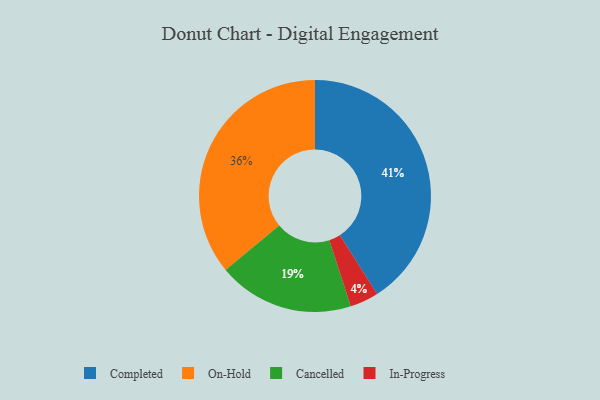
{"axis": {"x": "Category", "y": "Percentage"}, "legend": ["Cancelled", "Completed", "In-Progress", "On-Hold"], "data": [{"x": "Completed", "y": 41, "type": "Completed"}, {"x": "On-Hold", "y": 36, "type": "On-Hold"}, {"x": "In-Progress", "y": 4, "type": "In-Progress"}, {"x": "Cancelled", "y": 19, "type": "Cancelled"}]}